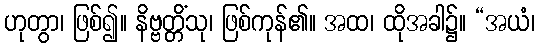
ဟုတွာ၊ ဖြစ်၍။ နိဗ္ဗတ္တိံသု၊ ဖြစ်ကုန်၏။ အထ၊ ထိုအခါ၌။ “အယံ၊